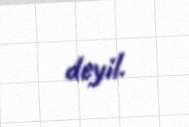
deyil.